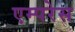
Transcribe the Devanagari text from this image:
एम्परेस